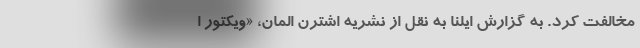
مخالفت کرد. به گزارش ایلنا به نقل از نشریه اشترن المان، «ویکتور ا